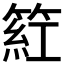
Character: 𬕡